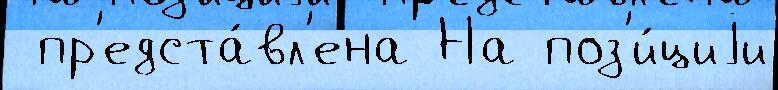
 пр'едста́вл'ена На поз'и́циjи